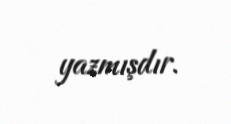
yazmışdır.